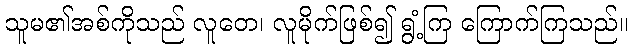
သူမ၏အစ်ကိုသည် လူတေ၊ လူမိုက်ဖြစ်၍ ရွံ့ကြ ကြောက်ကြသည်။